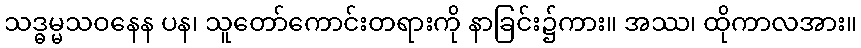
သဒ္ဓမ္မသဝနေန ပန၊ သူတော်ကောင်းတရားကို နာခြင်း၌ကား။ အဿ၊ ထိုကာလအား။